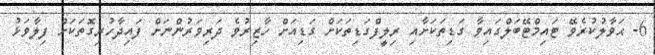
6- ޙަވާލުކުރެވޭ ޓައިމްޓޭބަލްގައިވާ ގަޑިތަކަށާއި ރިލީފްގަޑިތަކަށް ގަޑިއަށް ހާޒިރުވެ ދަރިވަރުންނަށް ފައިދާހުރިގޮތަކަށް ފިލާވަޅު